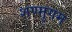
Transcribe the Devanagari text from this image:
शण्मुगम